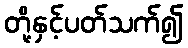
တို့နှင့်ပတ်သက်၍